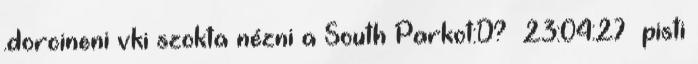
.dorcineni vki szokta nézni a South Parkot:D? 23:04:27 pisti